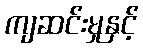
ကျဆင်းမှုနှင့်